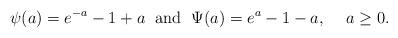
LaTeX: \begin{align*}\psi(a)=e^{-a}-1+a\hskip.1in\hbox{and}\hskip.1in\Psi(a)=e^a-1-a,\hskip.2in a\ge 0.\end{align*}